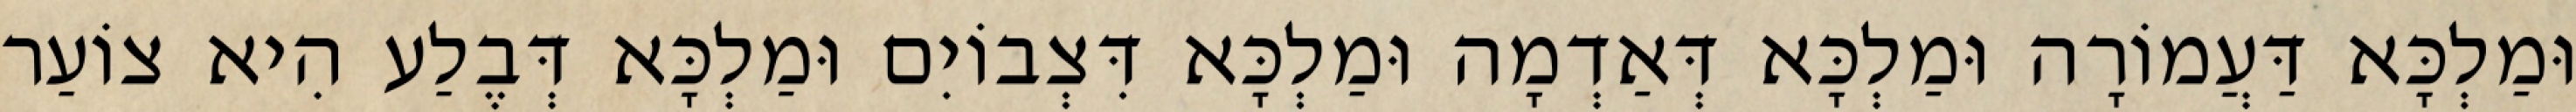
וּמַלְכָּא דַּעֲמוֹרָה וּמַלְכָּא דְּאַדְמָה וּמַלְכָּא דִּצְבוֹיִם וּמַלְכָּא דְּבֶלַע הִיא צוֹעַר